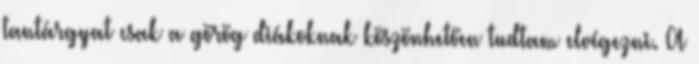
tantárgyat csak a görög diákoknak köszönhetően tudtam elvégezni. A